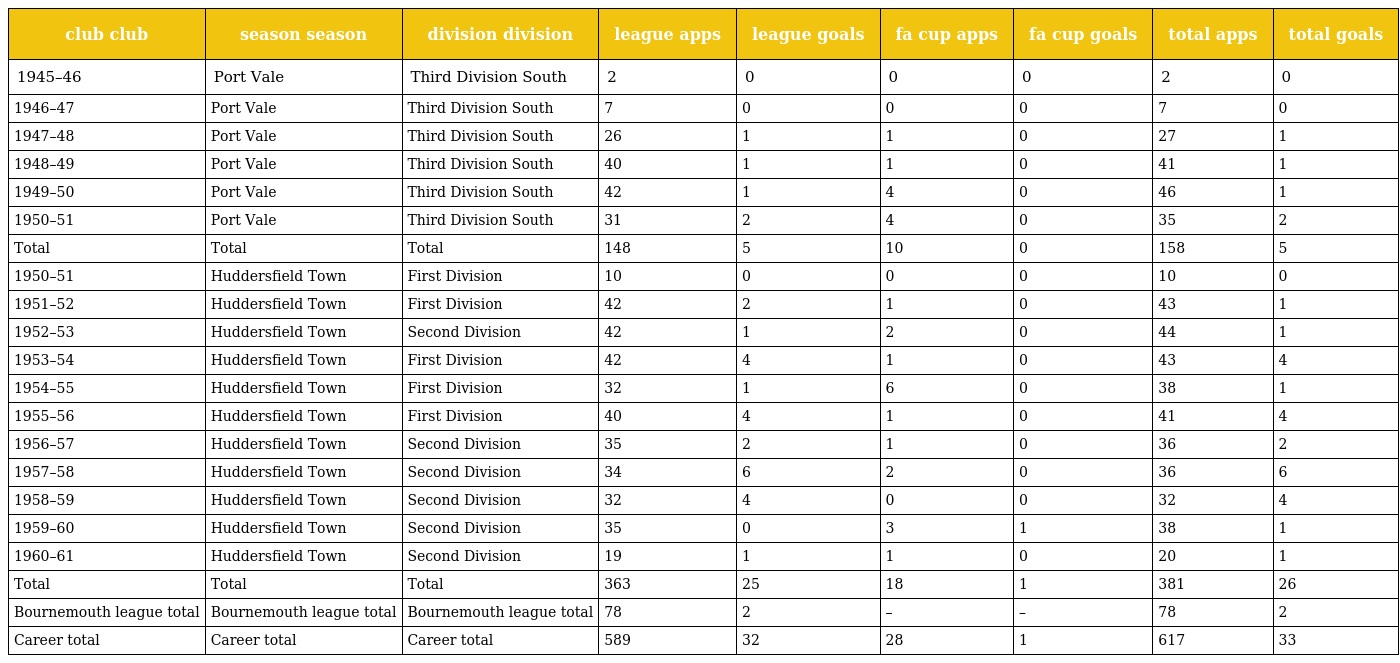
| club club | season season | division division | league apps | league goals | fa cup apps | fa cup goals | total apps | total goals |
 | --- | --- | --- | --- | --- | --- | --- | --- | --- |
 | 1945–46 | Port Vale | Third Division South | 2 | 0 | 0 | 0 | 2 | 0 |
 | 1946–47 | Port Vale | Third Division South | 7 | 0 | 0 | 0 | 7 | 0 |
 | 1947–48 | Port Vale | Third Division South | 26 | 1 | 1 | 0 | 27 | 1 |
 | 1948–49 | Port Vale | Third Division South | 40 | 1 | 1 | 0 | 41 | 1 |
 | 1949–50 | Port Vale | Third Division South | 42 | 1 | 4 | 0 | 46 | 1 |
 | 1950–51 | Port Vale | Third Division South | 31 | 2 | 4 | 0 | 35 | 2 |
 | Total | Total | Total | 148 | 5 | 10 | 0 | 158 | 5 |
 | 1950–51 | Huddersfield Town | First Division | 10 | 0 | 0 | 0 | 10 | 0 |
 | 1951–52 | Huddersfield Town | First Division | 42 | 2 | 1 | 0 | 43 | 1 |
 | 1952–53 | Huddersfield Town | Second Division | 42 | 1 | 2 | 0 | 44 | 1 |
 | 1953–54 | Huddersfield Town | First Division | 42 | 4 | 1 | 0 | 43 | 4 |
 | 1954–55 | Huddersfield Town | First Division | 32 | 1 | 6 | 0 | 38 | 1 |
 | 1955–56 | Huddersfield Town | First Division | 40 | 4 | 1 | 0 | 41 | 4 |
 | 1956–57 | Huddersfield Town | Second Division | 35 | 2 | 1 | 0 | 36 | 2 |
 | 1957–58 | Huddersfield Town | Second Division | 34 | 6 | 2 | 0 | 36 | 6 |
 | 1958–59 | Huddersfield Town | Second Division | 32 | 4 | 0 | 0 | 32 | 4 |
 | 1959–60 | Huddersfield Town | Second Division | 35 | 0 | 3 | 1 | 38 | 1 |
 | 1960–61 | Huddersfield Town | Second Division | 19 | 1 | 1 | 0 | 20 | 1 |
 | Total | Total | Total | 363 | 25 | 18 | 1 | 381 | 26 |
 | Bournemouth league total | Bournemouth league total | Bournemouth league total | 78 | 2 | – | – | 78 | 2 |
 | Career total | Career total | Career total | 589 | 32 | 28 | 1 | 617 | 33 |